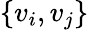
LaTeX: \{ v_{i},v_{j}\}